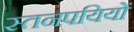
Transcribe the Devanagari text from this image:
स्तनपयियों